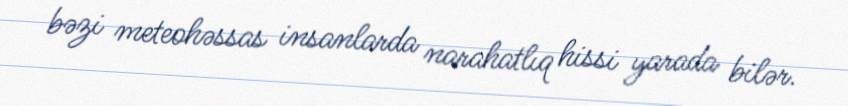
bəzi meteohəssas insanlarda narahatlıq hissi yarada bilər.